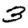
Digit: 3